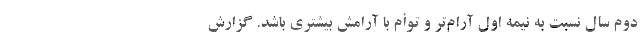
دوم سال نسبت به نیمه اول آرام‌تر و توأم با آرامش بیشتری باشد. گزارش